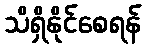
သိရှိနိုင်စေရန်